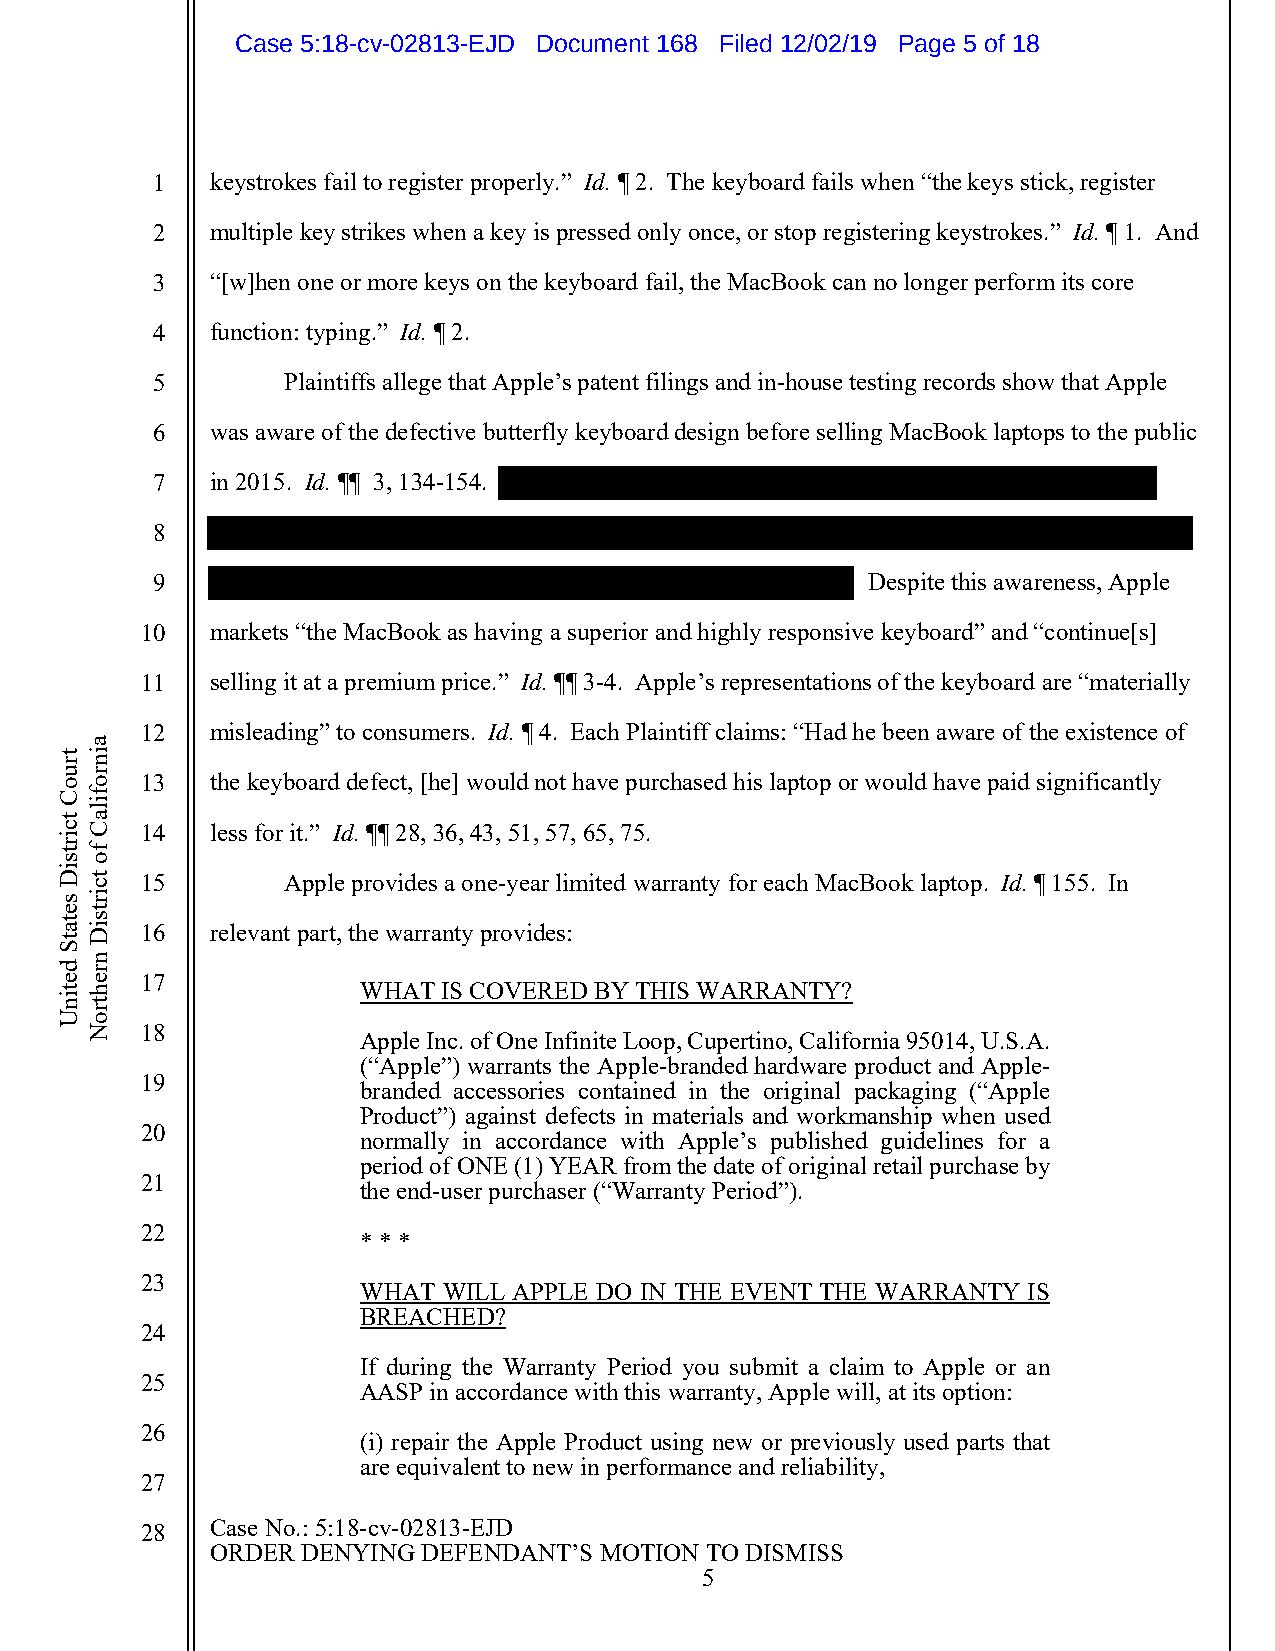
Case 5:18-cv-02813-EJD Document 168 Filed 12/02/19 Page 5 of 18
 1   keystrokes fail to register properly.” Id. ¶ 2. The keyboard fails when “the keys stick, register
 2   multiple key strikes when a key is pressed only once, or stop registering keystrokes.” Id. ¶ 1. And
 3   “[w]hen one or more keys on the keyboard fail, the MacBook can no longer perform its core
 4   function: typing.” Id. ¶ 2.
 5        Plaintiffs allege that Apple’s patent filings and in-house testing records show that Apple
 6   was aware of the defective butterfly keyboard design before selling MacBook laptops to the public
 7   in 2015. Id. ¶¶ 3, 134-154.
 8
 9                                              Despite this awareness, Apple
 10   markets “the MacBook as having a superior and highly responsive keyboard” and “continue[s]
 11   selling it at a premium price.” Id. ¶¶ 3-4. Apple’s representations of the keyboard are “materially
 12   misleading” to consumers. Id. ¶ 4. Each Plaintiff claims: “Had he been aware of the existence of
 13   the keyboard defect, [he] would not have purchased his laptop or would have paid significantly
 14   less for it.” Id. ¶¶ 28, 36, 43, 51, 57, 65, 75.
 15        Apple provides a one-year limited warranty for each MacBook laptop. Id. ¶ 155. In
 16   relevant part, the warranty provides:
 17
 WHAT IS COVERED BY THIS WARRANTY?
 18
 Apple Inc. of One Infinite Loop, Cupertino, California 95014, U.S.A.
 (“Apple”) warrants the Apple-branded hardware product and Apple-
 19
 branded accessories contained in the original packaging (“Apple
 Product”) against defects in materials and workmanship when used
 20
 normally in accordance with Apple’s published guidelines for a
 period of ONE (1) YEAR from the date of original retail purchase by
 21
 the end-user purchaser (“Warranty Period”).
 22
 * * *
 23
 WHAT WILL APPLE DO IN THE EVENT THE WARRANTY IS
 BREACHED?
 24
 If during the Warranty Period you submit a claim to Apple or an
 25
 AASP in accordance with this warranty, Apple will, at its option:
 26
 (i) repair the Apple Product using new or previously used parts that
 are equivalent to new in performance and reliability,
 27
 28   Case No.: 5:18-cv-02813-EJD
 ORDER DENYING DEFENDANT’S MOTION TO DISMISS
 5
 truoC
 tcirtsiD
 setatS
 detinU
 ainrofilaC
 fo
 tcirtsiD
 nrehtroN